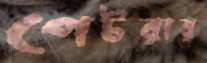
পেটরার